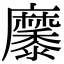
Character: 𪎭